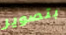
بتصوير